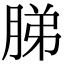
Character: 䏲